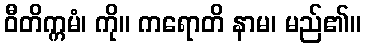
ဝီတိက္ကမံ၊ ကို။ ကရောတိ နာမ၊ မည်၏။